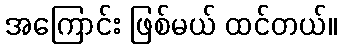
အကြောင်း ဖြစ်မယ် ထင်တယ်။